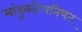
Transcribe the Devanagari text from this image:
मांडूक्योपनिषत्